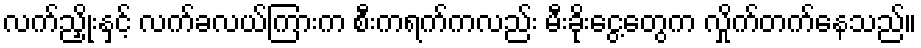
လက်ညှိုးနှင့် လက်ခလယ်ကြားက စီးကရက်ကလည်း မီးခိုးငွေ့တွေက လှိုက်တက်နေသည်။